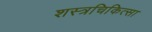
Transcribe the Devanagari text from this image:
शस्त्रचिकित्सा